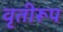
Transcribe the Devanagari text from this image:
वृतीरूप